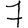
Digit: 7